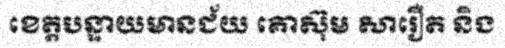
ខេត្តបន្ទាយមានជ័យ គោស៊ុម សារឿត និង